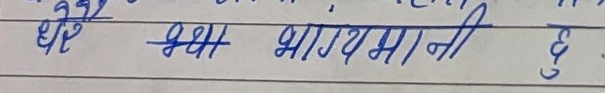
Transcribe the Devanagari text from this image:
मै भाग्यमानी छु